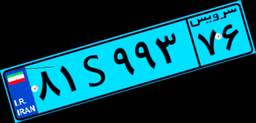
۳۸S۰۶۵۴۷